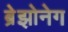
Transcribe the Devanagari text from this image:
ब्रेझोनेग